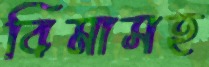
বিমাসহ